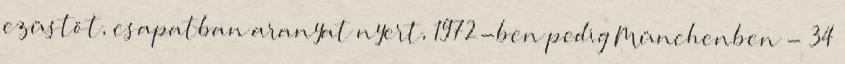
ezüstöt, csapatban aranyat nyert, 1972-ben pedig Münchenben - 34